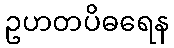
ဥဟတပိဓရေန